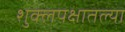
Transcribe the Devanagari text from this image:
शुक्लपक्षातल्या